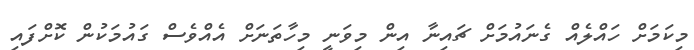
މިކަމަށް ހައްލެއް ގެނައުމަށް ޗައިނާ އިން މިވަނީ މިހާތަނަށް އެއްވެސް ގައުމަކުން ކޮށްފައި